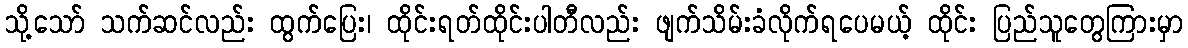
သို့သော် သက်ဆင်လည်း ထွက်ပြေး၊ ထိုင်းရတ်ထိုင်းပါတီလည်း ဖျက်သိမ်းခံလိုက်ရပေမယ့် ထိုင်း ပြည်သူတွေကြားမှာ